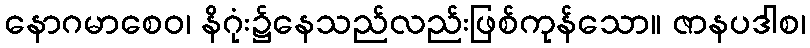
နောဂမာစေဝ၊ နိဂုံး၌နေသည်လည်းဖြစ်ကုန်သော။ ဇာနပဒါစ၊